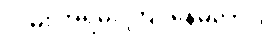
လမ်း အရမ်း ကြပ်နေမလား။